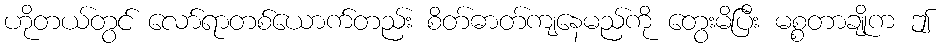
ဟိုတယ်တွင် လော်ရာတစ်ယောက်တည်း စိတ်ဓာတ်ကျနေမည်ကို တွေးမိပြီး မစ္စတာချိုက ဤ